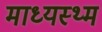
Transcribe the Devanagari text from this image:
माध्यस्थ्म